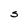
Character: S